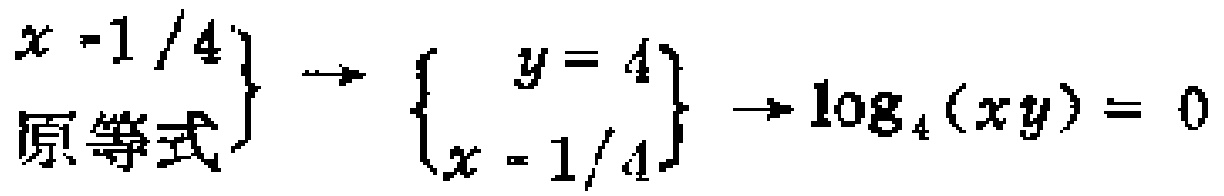
$\left.\begin{array}{l}

x = 1/4\\

\text{原等式}

\end{array}\right\} \to \left\{\begin{array}{c}

y = 4\\

x = 1/4

\end{array}\right\} \to \log_4(xy)=0$